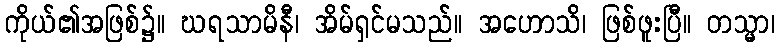
ကိုယ်၏အဖြစ်၌။ ဃရသာမိနီ၊ အိမ်ရှင်မသည်။ အဟောသိ၊ ဖြစ်ဖူးပြီ။ တသ္မာ၊